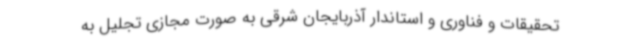
تحقیقات و فناوری و استاندار آذربایجان شرقی به صورت مجازی تجلیل به